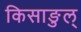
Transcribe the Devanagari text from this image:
किसाङुल्